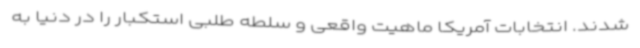
شدند. انتخابات آمریکا ماهیت واقعی و سلطه طلبی استکبار را در دنیا به